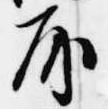
房